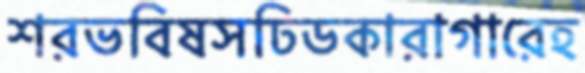
শরভবিষসঢিডকারাগারেহ